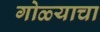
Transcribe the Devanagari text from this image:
गोळ्याचा